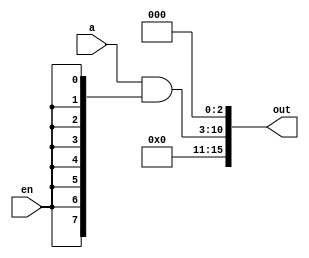
module shift3_8bit(
	input [7:0] a,
	input en,
	output [15:0] out
);

assign out[15:11] = 5'b0;
assign out[10:3] = a&{8{en}};
assign out[2:0] = 3'b0;

endmodule